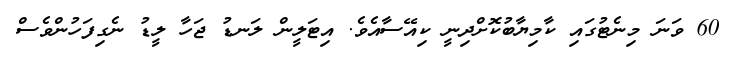
60 ވަނަ މިނެޓުގައި ކާމިޔާބުކޮށްދިނީ ކިއޭސާއެވެ. އިޓަލީން ލަނޑު ޖަހާ ލީޑު ނެގިފަހުންވެސް